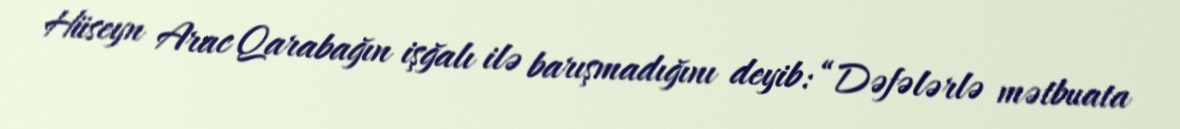
Hüseyn Arac Qarabağın işğalı ilə barışmadığını deyib: “Dəfələrlə mətbuata